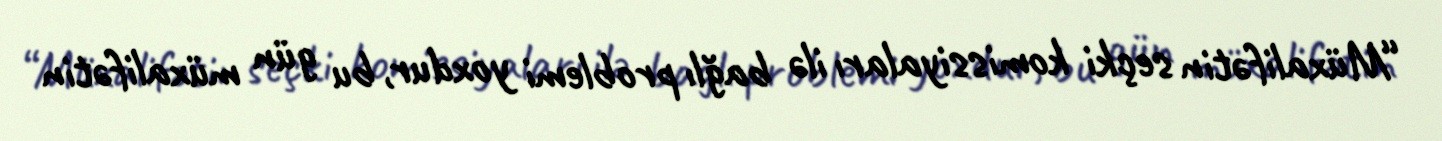
“Müxalifətin seçki komissiyaları ilə bağlı problemi yoxdur, bu gün müxalifətin